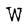
Character: W